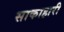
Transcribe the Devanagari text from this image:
साकाहारी